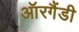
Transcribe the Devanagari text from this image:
ऑरगैंडी